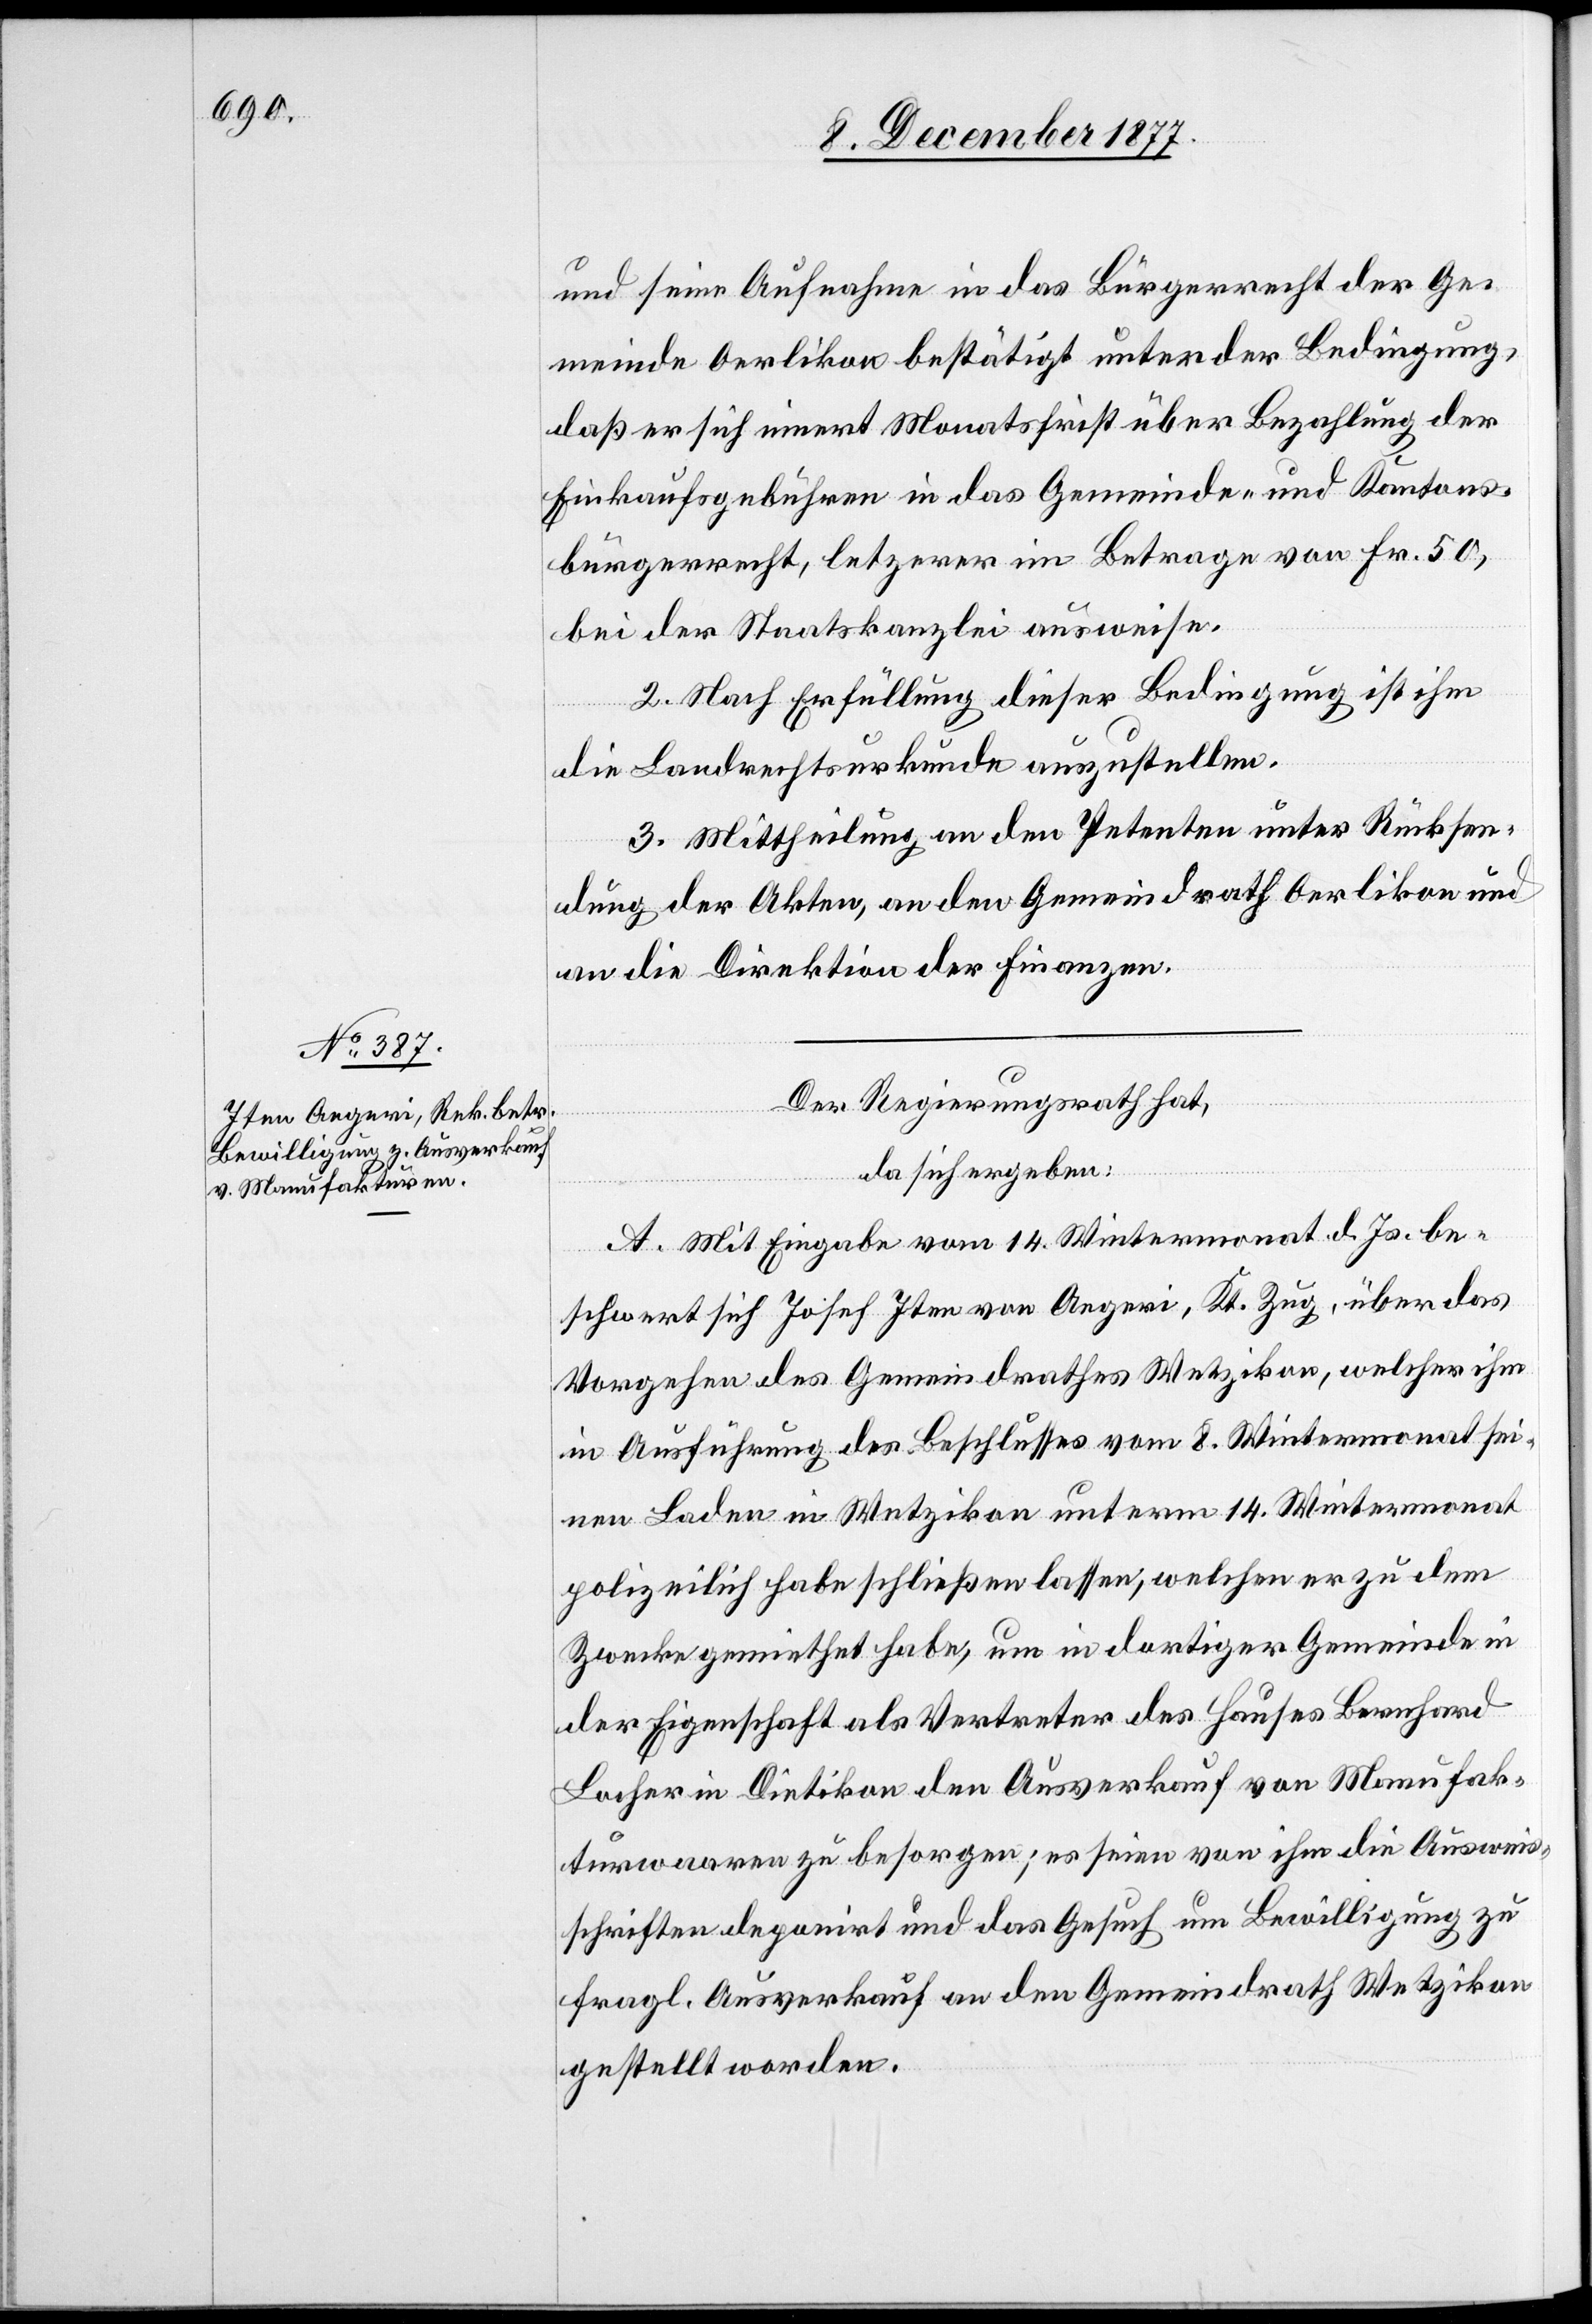
und seine Aufnahme in das Bürgerrecht der Ge¬
meinde Oerlikon bestätigt unter der Bedingung,
daß er sich innert Monatsfrist über Bezahlung der
Einkaufsgebühren in das Gemeinde- und Kantons¬
bürgerrecht, letzterer im Betrage von Fr. 50,
bei der Staatskanzlei ausweise.
2. Nach Erfüllung dieser Bedingung ist ihm
die Landrechtsurkunde auszustellen.
3. Mittheilung an den Petenten unter Rücksen¬
dung der Akten, an den Gemeindrath Oerlikon und
an die Direktion der Finanzen.
Der Regierungsrath hat,
da sich ergeben:
A. Mit Eingabe vom 14. Wintermonat d. Js. be¬
schwert sich Josef Iten von Aegeri, Kt. Zug, über das
Vorgehen des Gemeindrathes Wetzikon, welcher ihm
in Ausführung des Beschlusses vom 8. Wintermonat sei¬
nen Laden in Wetzikon unterm 14. Wintermonat
polizeilich habe schließen lassen, welchen er zu dem
Zwecke gemiethet habe, um in dortiger Gemeinde in
der Eigenschaft als Vertreter des Hauses Bernhard
Locher in Dietikon den Ausverkauf von Manufak¬
turwaaren zu besorgen; es seien von ihm die Ausweis¬
schriften deponirt und das Gesuch um Bewilligung zu
fragl. Ausverkauf an den Gemeindrath Wetzikon
gestellt worden.